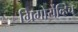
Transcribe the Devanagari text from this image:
ग्रिगोर्येव्हिच